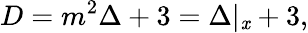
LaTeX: D=m^{2}\Delta+3=\Delta\vert_{\mathit{x}}+3,